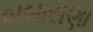
બબાસણા